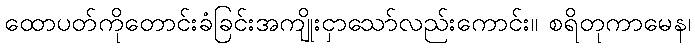
ထောပတ်ကိုတောင်းခံခြင်းအကျိုးငှာသော်လည်းကောင်း။ စရိတုကာမေန၊